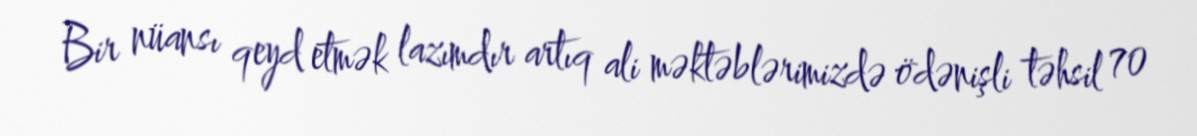
Bir nüansı qeyd etmək lazımdır artıq ali məktəblərimizdə ödənişli təhsil 70